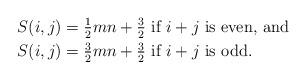
LaTeX: \begin{align*} S(i,j) &= \tfrac{1}{2}mn+ \tfrac{3}{2} \mbox{ if } i+j \mbox{ is even, and } \\ S(i,j) &= \tfrac{3}{2}mn+ \tfrac{3}{2} \mbox{ if } i+j \mbox{ is odd.}\end{align*}